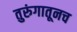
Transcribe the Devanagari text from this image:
तुरुंगातूनच